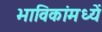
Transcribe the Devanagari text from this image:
भाविकांमध्यें